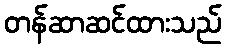
တန်ဆာဆင်ထားသည်